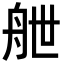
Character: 𮎉